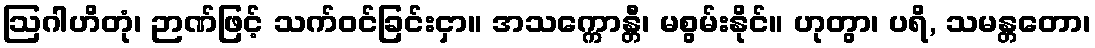
ဩဂါဟိတုံ၊ ဉာဏ်ဖြင့် သက်ဝင်ခြင်းငှာ။ အသက္ကောန္တီ၊ မစွမ်းနိုင်။ ဟုတွာ၊ ပရိ, သမန္တတော၊